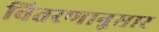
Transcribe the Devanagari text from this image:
वितरणानुसार